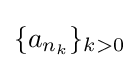
\{a_{n_{k}}\}_{k>0}